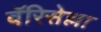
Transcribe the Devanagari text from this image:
वॅरिसेल्ला